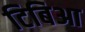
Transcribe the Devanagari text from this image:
टिबिआ